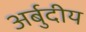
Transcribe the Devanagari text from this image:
अर्बुदीय